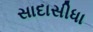
સાદાસીધા